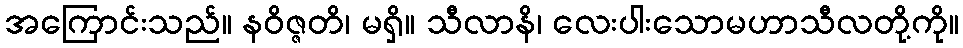
အကြောင်းသည်။ နဝိဇ္ဇတိ၊ မရှိ။ သီလာနိ၊ လေးပါးသောမဟာသီလတို့ကို။